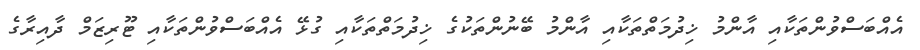
އެއްބަސްވުންތަކާއި އާންމު ޚިިދުމަތްތަކާއި އާންމު ބޭނުންތަކުގެ ޚިދުމަތްތަކާއި ގުޅޭ އެއްބަސްވުންތަކާއި ޓޫރިޒަމް ދާއިރާގެ